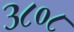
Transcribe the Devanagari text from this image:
३८०८